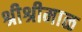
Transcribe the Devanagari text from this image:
श्रीश्रीमाळ